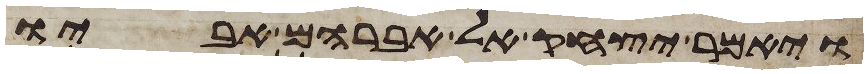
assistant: ויאמר יצחק אל אברהם אביו